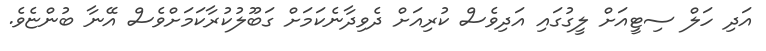
އަދި ހަލް ސިޓީއަށް ލީގުގައި އަދިވެސް ކުރިއަށް ދެވިދާނެކަމަށް ގަބޫލުކުރާކަމަށްވެސް އޭނާ ބުންޏެވެ.